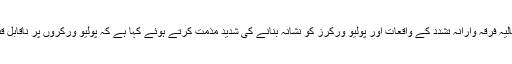
2014ء)اقوام متحدہ کے سیکرٹری جنرل بان کی مون نے پاکستان میں دہشت گردی کے حملوں، حالیہ فرقہ وارانہ تشدد کے واقعات اور پولیو ورکرز کو نشانہ بنانے کی شدید مذمت کرتے ہوئے کہا ہے کہ پولیو ورکروں پر ناقابل قبول حملوں سے پاکستان کو اس موذی مرض سے پاک کرنے کی کوششوں کو نقصان پہنچ رہا ہے ۔